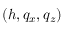
( h , q _ { x } , q _ { z } )